Calcutta medical institutions reports 1871-78
Year: 1871
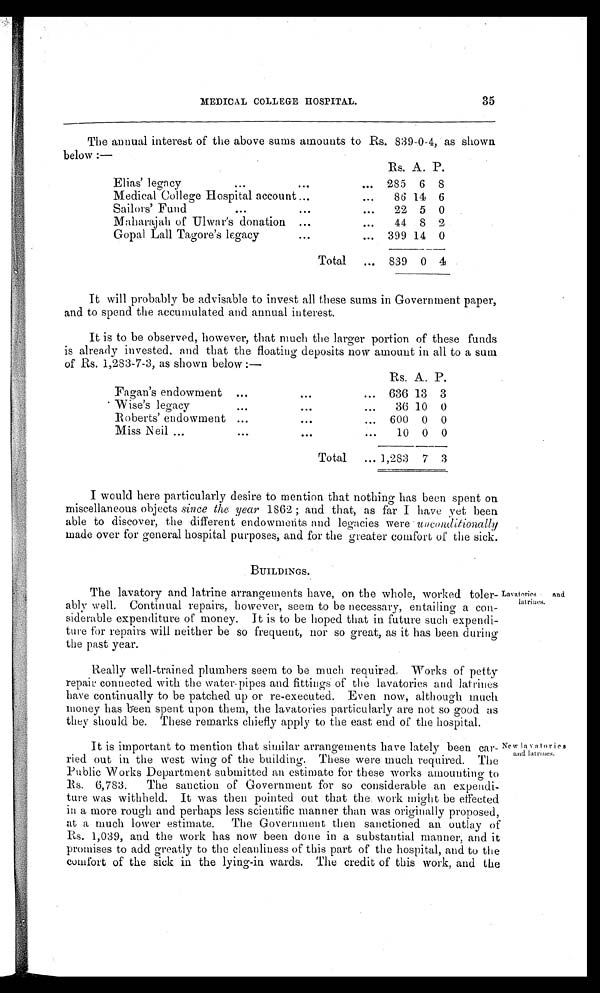
MEDICAL COLLEGE HOSPITAL.
35
The annual interest of the above sums amounts to Rs. 839-0-4, as shown
below :—
Rs. A. P.
Elias' legacy
285 6 8
Medical College Hospital account
86 14 6
Sailors' Fund
22 5 0
Maharajah of Ulwar's donation
44 8 2
Gopal Lall Tagore's legacy
399 14 0
Total
839 0 4
It will probably be advisable to invest all these sums in Government paper,
and to spend the accumulated and annual interest.
It is to be observed, however, that much the larger portion of these funds
is already invested, and that the floating deposits now amount in all to a sum
of Rs. 1,283-7-3, as shown below :—
Rs. A. P.
Fagan's endowment
636 13 3
Wise's legacy
36 10 0
Roberts' endowment
600 0 0
Miss Neil
10 0 0
Total
1,283 7 3
I would here particularly desire to mention that nothing has been spent on
miscellaneous objects since the year 1862; and that, as far I have yet been
able to discover, the different endowments and legacies were unconditionally
made over for general hospital purposes, and for the greater comfort of the sick.
BUILDINGS.
The lavatory and latrine arrangements have, on the whole, worked toler
-ably well. Continual repairs, however, seem to be necessary, entailing a con
-siderable expenditure of money. It is to be hoped that in future such expendi
-ture for repairs will neither be so frequent, nor so great, as it has been during
the past year.
Lavatories and
latrines.
Really well-trained plumbers seem to be much required. Works of petty
repair connected with the water-pipes and fittings of the lavatories and latrines
have continually to be patche. up or re-executed. Even now, although much
money has been spent upon them, the lavatories particularly are not so good as
they should be. These remarks chiefly apply to the east end of the hospital.
It is important to mention that similar arrangements have lately been car
-ried out in the west wing of the building. These were much required. The
Public Works Department submitted an estimate for these works amounting to
Rs. 6,783. The sanction of Government for so considerable an expendi
-ture was withheld. It was then pointed out that the work might be effected
in a more rough and perhaps less scientific manner than was originally proposed,
at a much lower estimate. The Government then sanctioned an outlay of
Rs. 1,039, and the work has now been done in a substantial manner, and it
promises to add greatly to the cleanliness of this part of the hospital, and to the
comfort of the sick in the lying-in wards. The credit of this work, and the
New lavatories
and latrines.